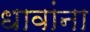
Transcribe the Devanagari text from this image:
धावांना